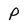
Character: P